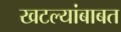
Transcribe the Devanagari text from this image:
खटल्यांबाबत